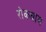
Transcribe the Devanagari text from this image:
रोकधाम